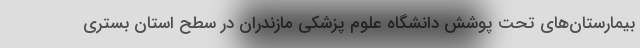
بیمارستان‌های تحت پوشش دانشگاه علوم پزشکی مازندران در سطح استان بستری